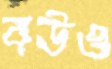
বউও